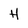
Character: H